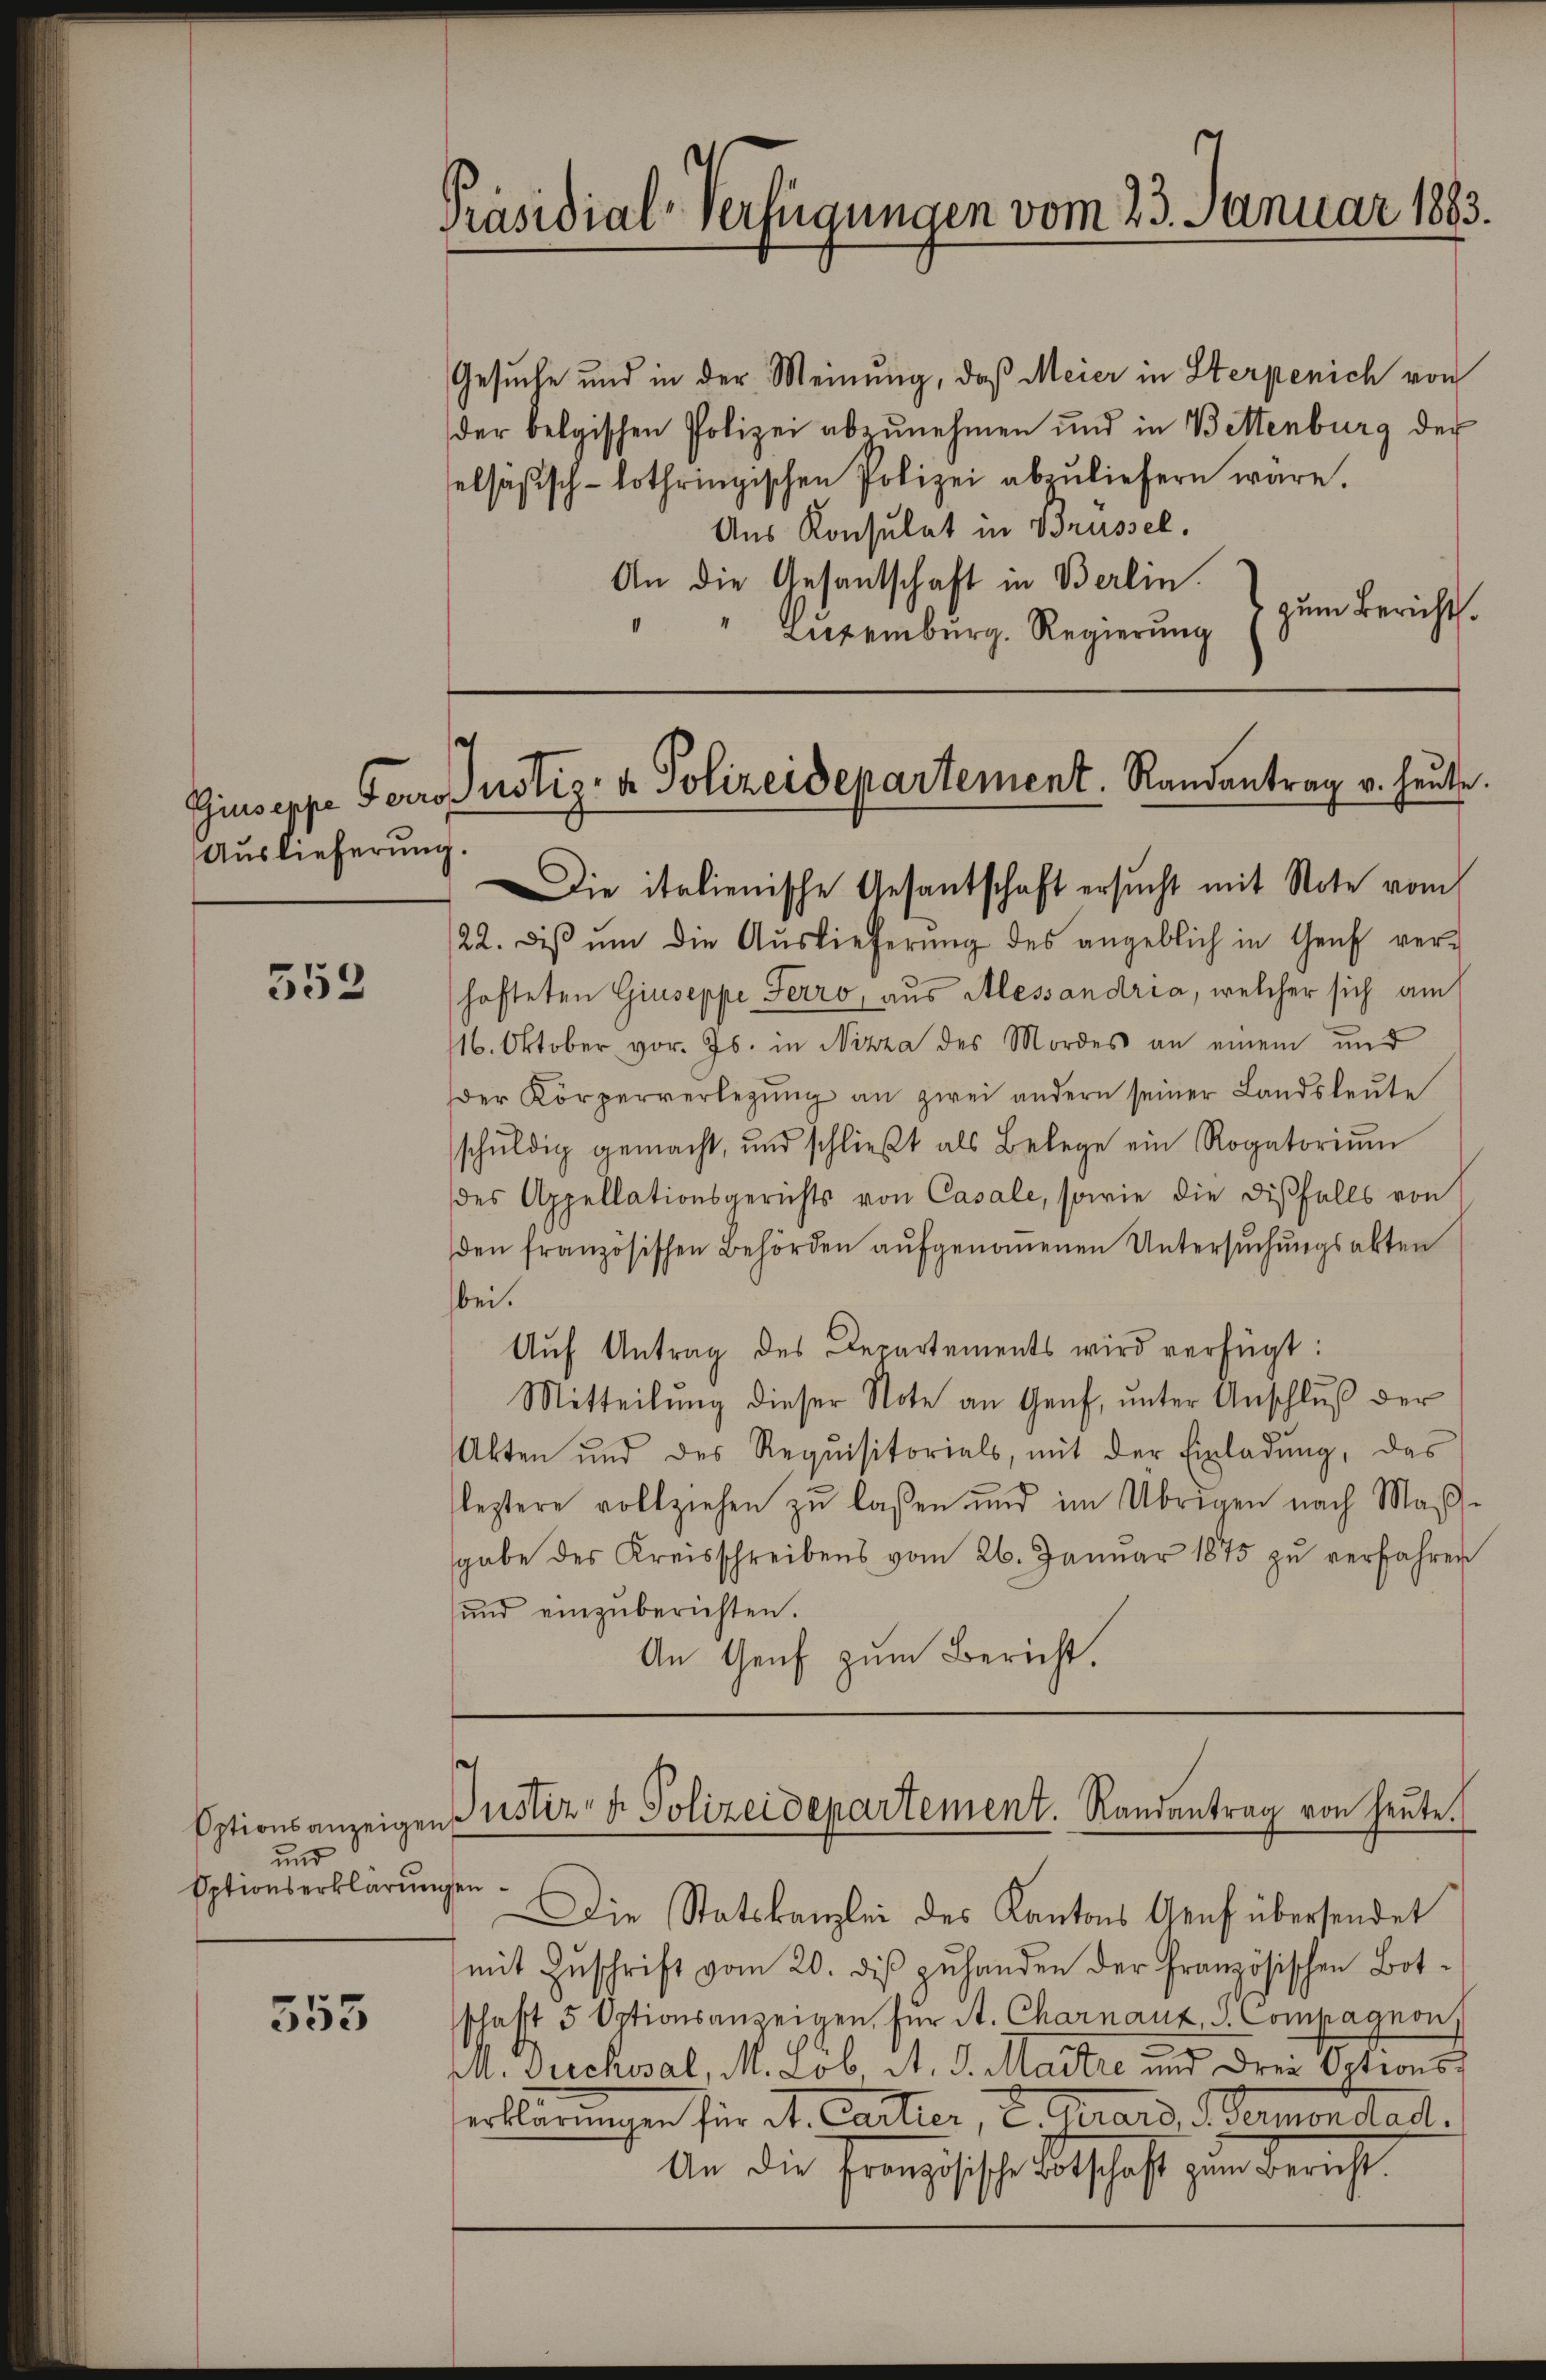
Auslieferung.

359

und
Optionserklärungen.

555

Präsidial-Verfügungen vom 23. Januar 1883.

Gesuche und in der Meinung, daß Meier in Sterpenich von
der belgischen Polizei abzunehmen und in Bettenburg der
elsäsisch-lothringischen Polizei abzuliefern wäre.
Aus Konsulat in Brüssel.
An die Gesantschaft in Berlin.
zum Bericht.
"Luxenburg. Regierung
22. diβ ŭm die Auslieferŭng des angeblich in Genf ver-
hofteten Giuseppe Serro, aus Alessandria, welcher sich am
16. Oktober vor. Js. in Nizza des Mordes an einem und
der Körperverlegŭng an zwei andern seiner Landsleute
schŭldig gemacht, und schlieβt als Belege ein Rogatoriŭm
des Appellationsgerichts von Casale, sowie die disfalls von
den französischen Behörden aŭfgenoṁenen Untersuchungsakten
bei.
Aŭf Antrag des Departements wird verfügt:
Mitteilŭng dieser Note an Genf, ŭnter Anschlŭβ der
Akten und des Requisitorials, mit der Einladŭng, das
leztere vollziehen zŭ lassen und im Übrigen nach Maβ-
gabe des Kreisschreibens vom 26. Januar 1875 zu verfahren
ŭnd einzŭberichten.
An Genf zum Bericht.

e
Giuseppe Perrosustiz- & Polizeidepartement. Randantrag u. heute.
Die italienische Gesantschaft ersucht mit Note vom

Eptionsanzeigen Justiz- & Polizeidepartement. Randantrag von heŭte.

Die Statskanzlei des Kantons Genf übersendet
mit Zuschrift vom 20. diβ zuhanden der französischen Botschaft 5 Octionsanzeigen für A. Charnauz, S. Compagnon)
M. Gucksal, M. Löb. A. S. Maitre und drei Octionserklärungen für A. Cartier, u. Guard, ermon Stadt.
An die Franzische Abschaft zum Bericht